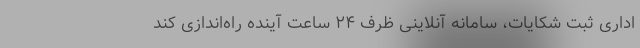
اداری ثبت شکایات، سامانه آنلاینی ظرف ۲۴ ساعت آینده راه‌اندازی کند